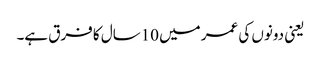
یعنی دونوں کی عمر میں 10سال کا فرق ہے۔